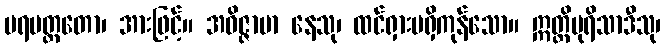
ပရမတ္ထတော၊ အားဖြင့်။ အဝိဇ္ဇာမာ နေသု၊ ထင်ရှားမရှိကုန်သော။ ဣတ္ထိပုရိသာဒီသု၊